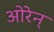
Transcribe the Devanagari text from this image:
ओरेन्